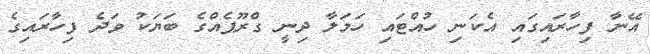
އޭނާ ފިހާރައިގައި އެކަނި ހުއްޓައި ހަމަލާ ދިނީ ގްރޫޕެއްގެ ބަޔަކު ވަދެ ފިހާރައިގެ